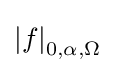
\left|f\right|_{0,\alpha ,\Omega }\;